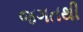
જગતથી